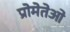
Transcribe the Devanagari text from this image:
प्रोमेतेओ